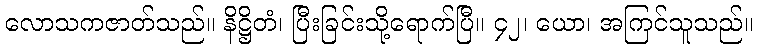
လောသကဇာတ်သည်။ နိဋ္ဌိတံ၊ ပြီးခြင်းသို့ရောက်ပြီ။ ၄၂၊ ယော၊ အကြင်သူသည်။